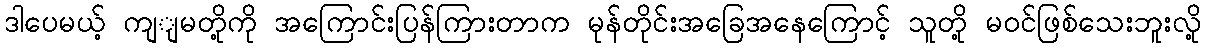
ဒါပေမယ့် ကျျမတို့ကို အကြောင်းပြန်ကြားတာက မုန်တိုင်းအခြေအနေကြောင့် သူတို့ မဝင်ဖြစ်သေးဘူးလို့